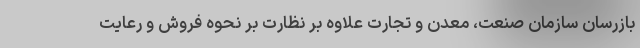
بازرسان سازمان صنعت، معدن و تجارت علاوه‌ بر نظارت بر نحوه فروش و رعایت